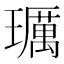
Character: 𤪲